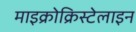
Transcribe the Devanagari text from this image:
माइक्रोक्रिस्टेलाइन